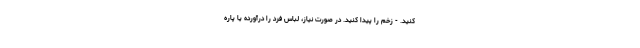
کنید. - زخم را پیدا کنید. در صورت نیاز، لباس فرد را درآورده یا پاره